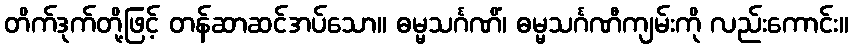
တိက်ဒုက်တို့ဖြင့် တန်ဆာဆင်အပ်သော။ ဓမ္မသင်္ဂဏိံ၊ ဓမ္မသင်္ဂဏီကျမ်းကို လည်းကောင်း။